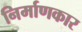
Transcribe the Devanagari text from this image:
निर्माणकार